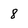
Character: 8